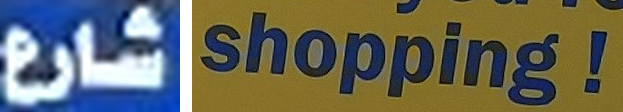
شارع shopping!